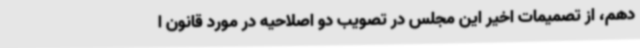
دهم، از تصمیمات اخیر این مجلس در تصویب دو اصلاحیه در مورد قانون ا